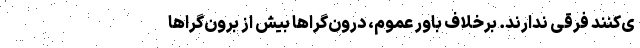
ی‌کنند فرقی ندارند. برخلاف باور عموم، درون‌گرا‌ها بیش از برون‌گرا‌ها